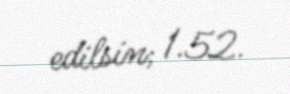
edilsin; 1.52.